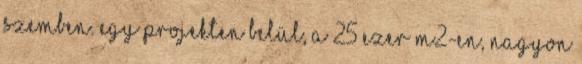
szemben. Egy projekten belül, a 25 ezer m2-en, nagyon